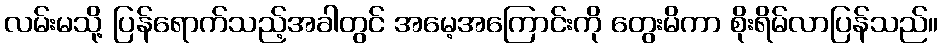
လမ်းမသို့ ပြန်ရောက်သည့်အခါတွင် အမေ့အကြောင်းကို တွေးမိကာ စိုးရိမ်လာပြန်သည်။